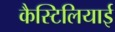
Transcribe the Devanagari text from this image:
कैस्टिलियाई